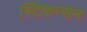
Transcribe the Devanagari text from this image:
स्टिफन्सन